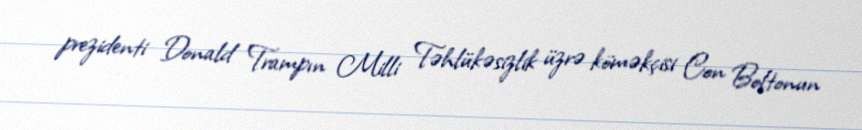
prezidenti Donald Trampın Milli Təhlükəsizlik üzrə köməkçisi Con Boltonun